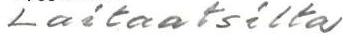
Laitaatsilta